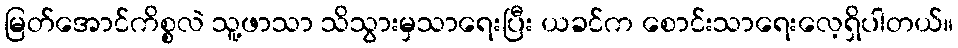
မြတ်အောင်ကိစ္စလဲ သူ့ဖာသာ သိသွားမှသာရေးပြီး ယခင်က စောင်းသာရေးလေ့ရှိပါတယ်။